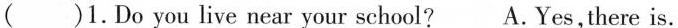
()1.Do you live near your school? A.Yes,there is.